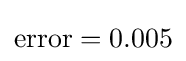
\mathrm {error} =0.005